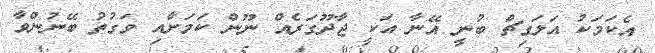
އެކަމަކު އަލަގިޗް ބުނީ އޭނާ އަކީ ޖާދޫގަރެއް ނޫން ކަމަށާއި ވަގުތު ބޭނުންވާ